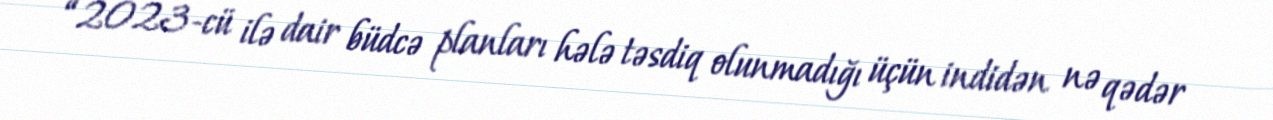
“2023-cü ilə dair büdcə planları hələ təsdiq olunmadığı üçün indidən nə qədər